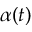
\alpha ( t )